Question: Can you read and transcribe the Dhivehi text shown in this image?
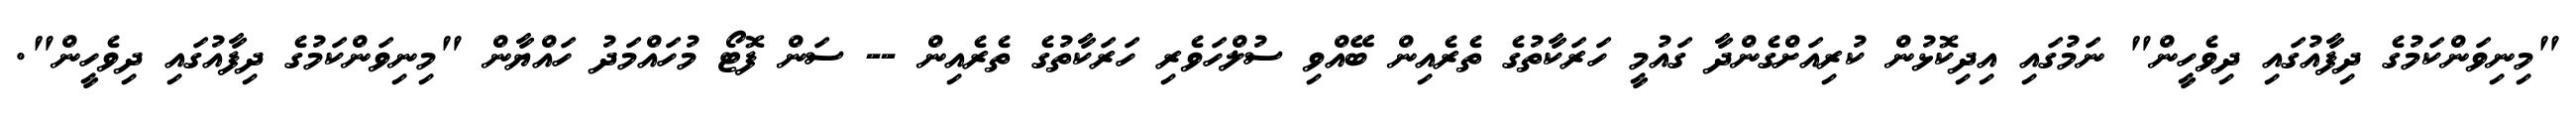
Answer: "މިނިވަންކަމުގެ ދިފާއުގައި ދިވެހީން" ނަމުގައި އިދިކޮޅުން ކުރިއަށްގެންދާ ގައުމީ ހަރަކާތުގެ ތެރެއިން ބޭއްވި ސުލްހަވެރި ހަރަކާތުގެ ތެރެއިން -- ސަން ފޮޓޯ މުހައްމަދު ހައްޔާން "މިނިވަންކަމުގެ ދިފާއުގައި ދިވެހީން".